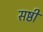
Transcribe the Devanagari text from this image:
सष्ठी